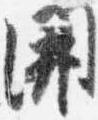
開